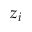
z _ { i }